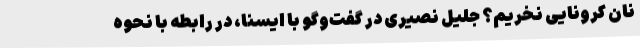
نان کرونایی نخریم؟ جلیل نصیری در گفت‌وگو با ایسنا، در رابطه با نحوه